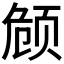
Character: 𬱟